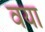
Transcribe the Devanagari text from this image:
वया